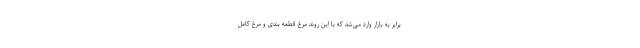
برابر به بازار وارد می‌شد که با این روند مرغ قطعه بندی و مرغ کامل